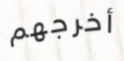
أخرجهم